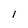
Character: I